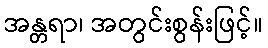
အန္တရာ၊ အတွင်းစွန်းဖြင့်။